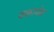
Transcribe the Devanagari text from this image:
यकायेक